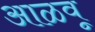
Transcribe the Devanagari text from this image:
आळवू